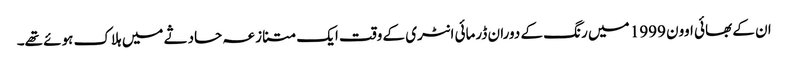
ان کے بھائی اوون 1999 میں رنگ کے دوران ڈرمائی انٹری کے وقت ایک متنازعہ حادثے میں ہلاک ہوئے تھے۔